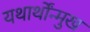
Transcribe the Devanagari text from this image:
यथार्थोंन्मुख